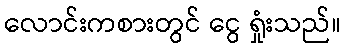
လောင်းကစားတွင် ငွေ ရှုံးသည်။